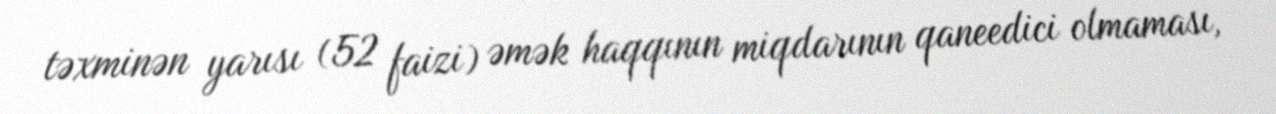
təxminən yarısı (52 faizi) əmək haqqının miqdarının qaneedici olmaması,